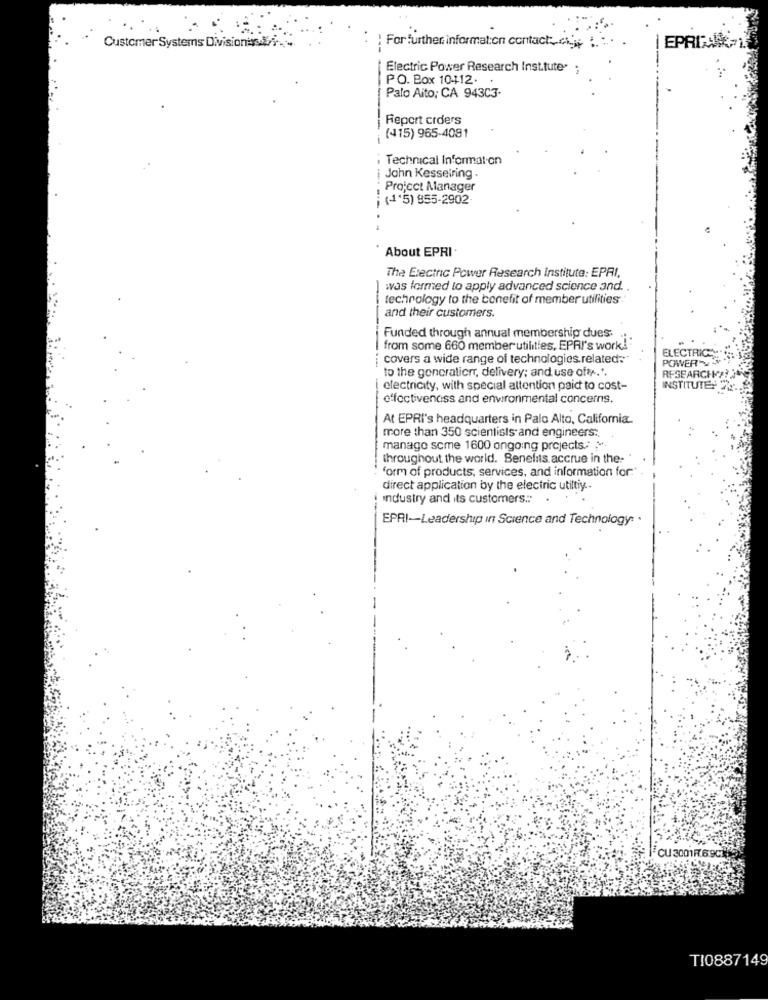
For further information contact
EPRIMANR
Customer Systems DivisionundEr. ..
Electric Power Research Inst.tute ;
PO. Box 10412.
Palo Aito; CA 943C3-
Report crders
(415) 965-4081
i Technical Information
John Kesselring.
Project Manager
¡ (1'5) 955-2902
About EPRI
The Electric Power Research Institute: EPRI,
was formed to apply advanced science and.
[technology to the benefit of member utilities."
and their customers.
Funded through annual membership dues.
from some 660 member utilities, EPAI's work!"
ELECTRICA
covers a wide range of technologies.related:"
--
POWER VY
to the generatierr, delivery; and use oftr.".
RESEARCH ???
electricity, with special attention paid to cost-
INSTITUTE: 26
effectiveness and environmental concerns.
At EPRI's headquarters in Palo Alto, California
more than 350 scientists and engineers:
manage some 1600 ongoing projects .: ,-.
throughout the world. Benefits accrue in the-
form of products, services, and information for:
direct application by the electric utiltiy ..
i industry and its customers .. .
EPRI-Leadership in Science and Technology: .
CU3001R.69C
TI0887149